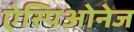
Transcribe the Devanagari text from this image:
ऐस्पिओनेज